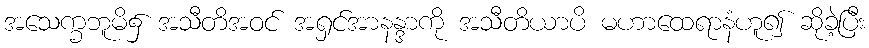
အသေက္ခဘူမိ၌ အသီတိအဝင် အရှင်အာနန္ဒာကို အသီတိယာပိ မဟာထေရာနံဟူ၍ ဆိုခဲ့ပြီး